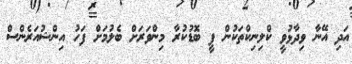
އަދި އޭނާ ވިދާޅުވީ ކްލިނިކްތަކުން ފީ ބޮޑުކުރާ މިންވަރަށް ބެލުމަށް ފަހު އިންޝުއަރެންސް